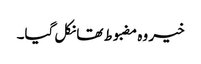
خیر وہ مضبوط تھا نکل گیا۔